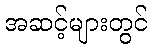
အဆင့်များတွင်